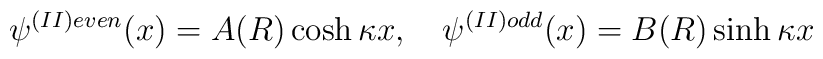
\psi^{(II)even}(x) = A(R) \cosh \kappa x,\quad\psi^{(II)odd}(x)  = B(R) \sinh \kappa x